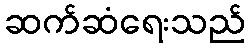
ဆက်ဆံရေးသည်